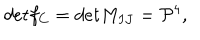
d e t f _ { C } = d e t M _ { I J } = { \cal { P } } ^ { 4 } ,